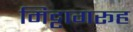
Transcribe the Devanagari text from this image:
मिट्टागरूह